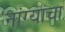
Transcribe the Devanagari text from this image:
नांग्यांचा